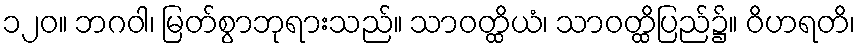
၁၂၀။ ဘဂဝါ၊ မြတ်စွာဘုရားသည်။ သာဝတ္ထိယံ၊ သာဝတ္ထိပြည်၌။ ဝိဟရတိ၊